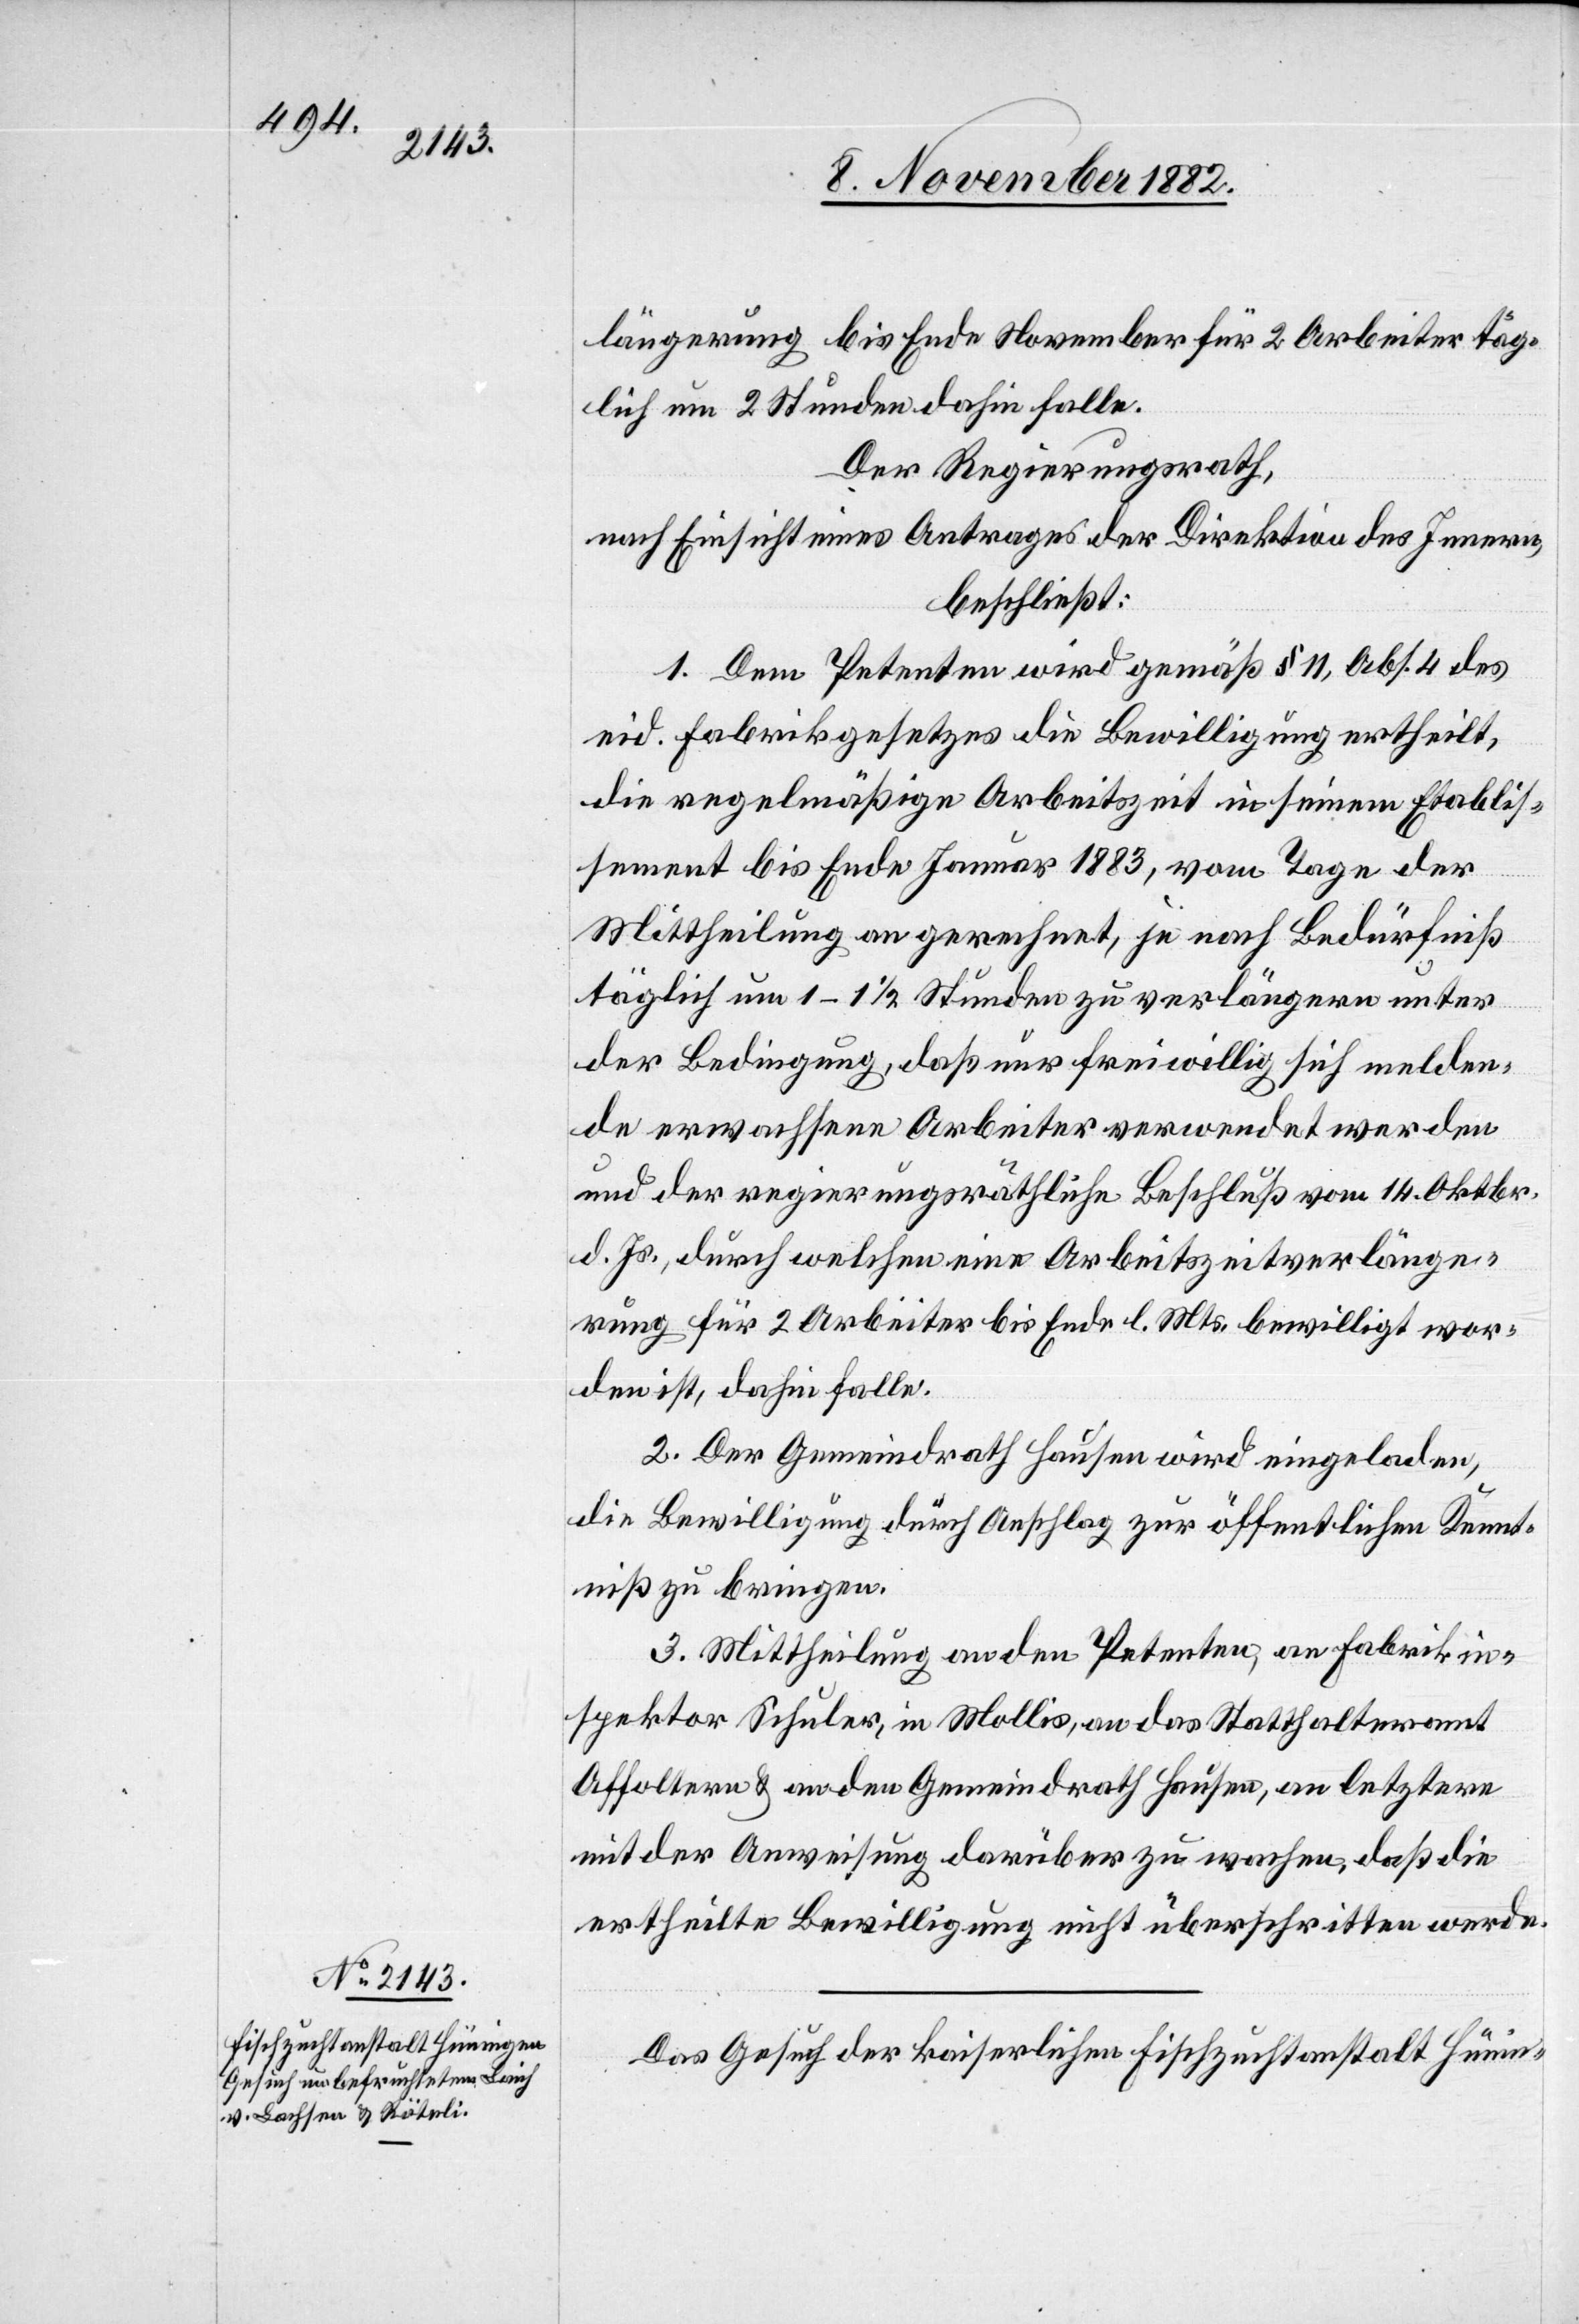
10. November 1882.]
längerung bis Ende November für 2 Arbeiter täg¬
lich um 2 Stunden dahin falle.
Der Regierungsrath,
nach Einsicht eines Antrages der Direktion des Innern,
beschließt:
1. Dem Petenten wird gemäß § 11, Abs. 4 des
eid. Fabrikgesetzes die Bewilligung ertheilt
die regelmäßige Arbeitszeit in seinem Etablis¬
sement bis Ende Januar 1883, vom Tage der
Mittheilung an gerechnet, je nach Bedürfniß
täglich um 1–1 1/2 Stunden zu verlängern unter
der Bedingung, daß nur freiwillig sich melden¬
de erwachsene Arbeiter verwendet werden
und der regierungsräthliche Beschluß vom 14. Oktbr.
d. Js., durch welchen eine Arbeitszeitverlänge¬
rung für 2 Arbeiter bis Ende l. Mts. bewilligt wor¬
den ist, dahin falle.
2. Der Gemeindrath Hausen wird eingeladen,
die Bewilligung durch Anschlag zur öffentlichen Kennt¬
niß zu bringen.
3. Mittheilung an den Petenten, an Fabrikin¬
spektor Schuler, in Mollis, an das Statthalteramt
Affoltern & an den Gemeindrath Hausen, an letztere
mit der Anweisung darüber zu wachen, daß die
ertheilte Bewilligung nicht überschritten werde.
Das Gesuch der kaiserlichen Fischzuchtanstalt Hünin-